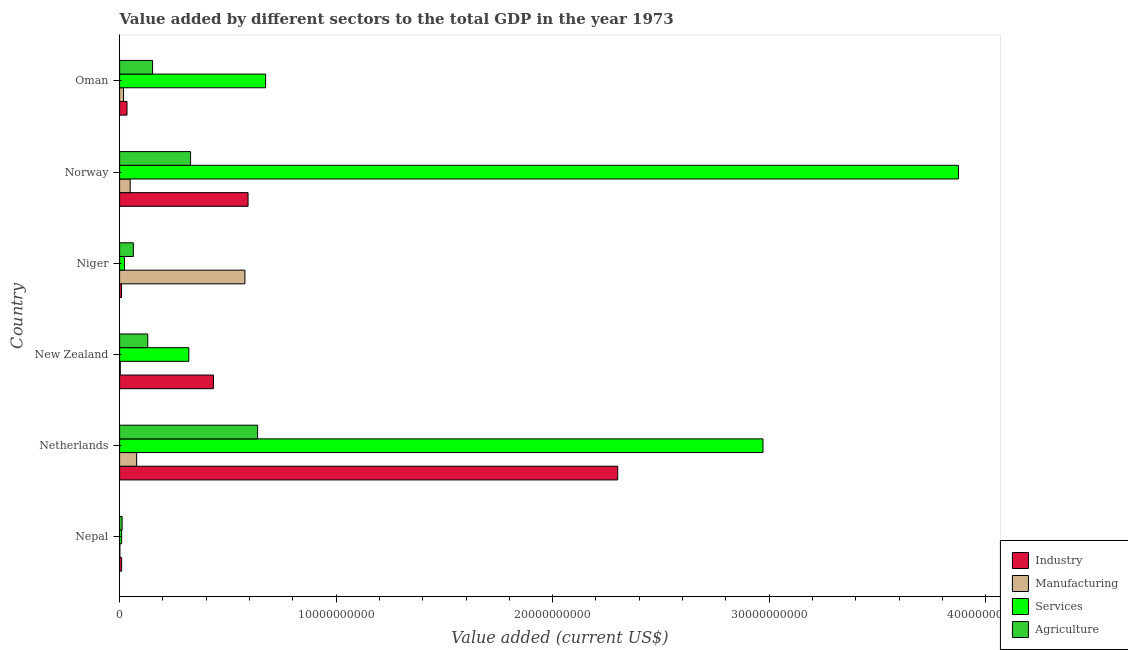
| Country | Industry | Manufacturing | Services | Agriculture |
 | --- | --- | --- | --- | --- |
 | Nepal | 9.32e+07 | 1.19e+07 | 9.44e+07 | 1.17e+08 |
 | Netherlands | 2.3e+10 | 7.87e+08 | 2.97e+10 | 6.37e+09 |
 | New Zealand | 4.34e+09 | 3.16e+07 | 3.2e+09 | 1.3e+09 |
 | Niger | 8.87e+07 | 5.79e+09 | 2.24e+08 | 6.35e+08 |
 | Norway | 5.93e+09 | 4.88e+08 | 3.87e+10 | 3.28e+09 |
 | Oman | 3.42e+08 | 1.8e+08 | 6.74e+09 | 1.52e+09 |